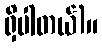
ရှိပါတယ်)။